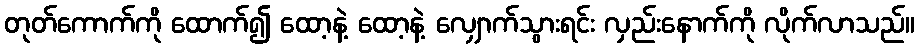
တုတ်ကောက်ကို ထောက်၍ ထော့နဲ့ ထော့နဲ့ လျှောက်သွားရင်း လှည်းနောက်ကို လိုက်လာသည်။